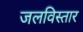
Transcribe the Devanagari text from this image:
जलविस्तार